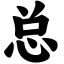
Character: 总